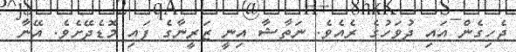
ޖެހިގެން އައި ދުވަހުގެ ރެއެވެ. ނަތާޝާ އިނީ ޒަރީނާގެ ފައި މޮޑެދޭށެވެ. އޭނާ